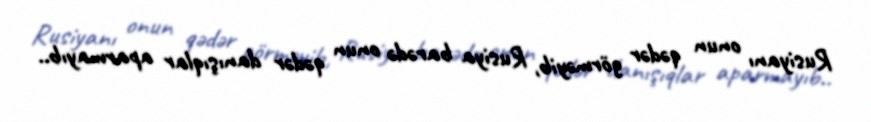
Rusiyanı onun qədər görməyib, Rusiya barədə onun qədər danışıqlar aparmayıb..